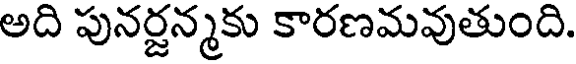
అది పునర్జన్మకు కారణమవుతుంది.